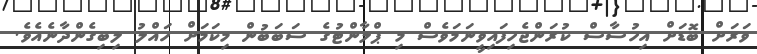
ވަރަށް ބޮޑަށް އިހުސާސް ކުރަންޖެހިފައިވީނަމަވެސް މި ޕްލާންޓުގެ ސަބަބުން މިކަމަށް ހައްލު ލިބިގެންދާނެއެވެ.